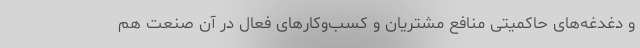
و دغدغه‌های حاکمیتی منافع مشتریان و کسب‌وکارهای فعال در آن صنعت هم